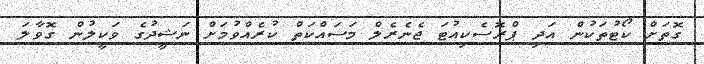
ގޮތަށް ކޯޓުތަކުން އަދި ޕްރޮސެކިއުޓަ ޖެނެރެލް މަސައްކަތް ކުރެއްވުމަށް ނަޝީދުގެ ވަކީލުން ގޮވާލަ